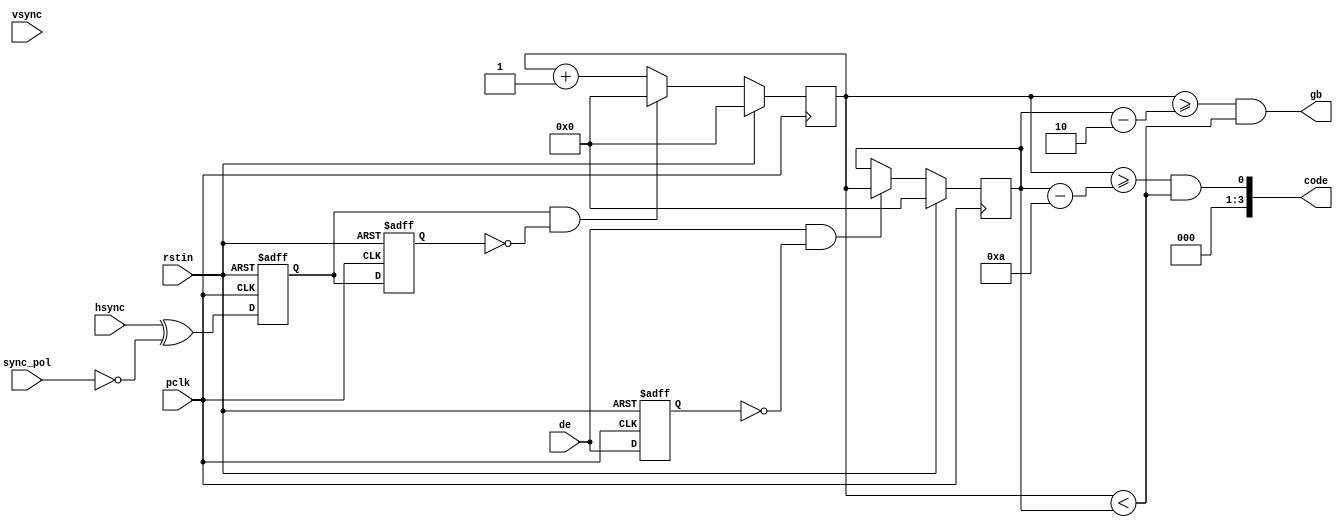
//////////////////////////////////////////////////////////////////////////////
// Copyright (c) 2011, Andrew "bunnie" Huang
// All rights reserved.
//
// Redistribution and use in source and binary forms, with or without modification, 
// are permitted provided that the following conditions are met:
//
//  * Redistributions of source code must retain the above copyright notice, 
//    this list of conditions and the following disclaimer.
//  * Redistributions in binary form must reproduce the above copyright notice, 
//    this list of conditions and the following disclaimer in the documentation and/or 
//    other materials provided with the distribution.
//
//    THIS SOFTWARE IS PROVIDED BY THE COPYRIGHT HOLDERS AND CONTRIBUTORS "AS IS" AND ANY 
//    EXPRESS OR IMPLIED WARRANTIES, INCLUDING, BUT NOT LIMITED TO, THE IMPLIED WARRANTIES 
//    OF MERCHANTABILITY AND FITNESS FOR A PARTICULAR PURPOSE ARE DISCLAIMED. IN NO EVENT 
//    SHALL THE COPYRIGHT HOLDER OR CONTRIBUTORS BE LIABLE FOR ANY DIRECT, INDIRECT, 
//    INCIDENTAL, SPECIAL, EXEMPLARY, OR CONSEQUENTIAL DAMAGES (INCLUDING, BUT NOT 
//    LIMITED TO, PROCUREMENT OF SUBSTITUTE GOODS OR SERVICES; LOSS OF USE, DATA, OR 
//    PROFITS; OR BUSINESS INTERRUPTION) HOWEVER CAUSED AND ON ANY THEORY OF LIABILITY, 
//    WHETHER IN CONTRACT, STRICT LIABILITY, OR TORT (INCLUDING NEGLIGENCE OR OTHERWISE) 
//    ARISING IN ANY WAY OUT OF THE USE OF THIS SOFTWARE, EVEN IF ADVISED OF THE 
//    POSSIBILITY OF SUCH DAMAGE.
//
//////////////////////////////////////////////////////////////////////////////
module gbgen (
	      input pclk,
	      input rstin,
	      input vsync,
	      input hsync,
	      input sync_pol,
	      input de,

	      output gb,
	      output [3:0] code
	      );
   
   reg [11:0] 		   hpixel;
   wire [11:0] 		   papos;
   reg [11:0] 		   depos;

   reg 				    hsync_v; // active when high
   reg 				    hsync_v2;
   reg 				    vsync_v;
   reg 				    vsync_v2;
   reg 				    de_d;
   
   wire 			    hsync_rising;
   wire 			    vsync_rising;

   wire 			    pa;
   
   always @(posedge pclk) begin
      if( rstin ) begin
	 hpixel <= 0;
	 depos <= 0;
      end else begin
	 if( hsync_rising ) begin
	    hpixel <= 0;
	 end else begin
	    hpixel <= hpixel + 12'b1;
	 end

	 if( de && !de_d ) begin // de is rising
	    depos <= hpixel;
	 end else begin
	    depos <= depos;
	 end
      end // else: !if( rstin )
   end // always @ (posedge pclk)

   assign papos = depos - 12'd10; // note: decimal 10, not binary 10
   //  0   1   2   3   4   5   6   7
   //  |   |   |   |   |   |   |   |
   //  ct  pa  gb  gb  v   v   v   v
   //
   //  depos = 4
   //  gbpos = 2

   assign gb = (hpixel >= (depos - 12'd2)) && (hpixel < depos);
   assign pa = (hpixel >= papos) && (hpixel < depos);

   assign code[3:1] = 3'b0; // these never change
   assign code[0] = pa;   // this is the only bit that changes on pre-amble
   
   always @(posedge pclk or posedge rstin) begin
      if( rstin ) begin
	 hsync_v <= 0;
	 vsync_v <= 0;

	 hsync_v2 <= 0;
	 vsync_v2 <= 0;
	 de_d <= 0;
      end else begin
	 hsync_v <= hsync ^ !sync_pol;
	 vsync_v <= vsync ^ !sync_pol;

	 de_d <= de;
	 hsync_v2 <= hsync_v; // just a delayed version
	 vsync_v2 <= vsync_v;
      end // else: !if( rstin )
   end // always @ (posedge pclk or posedge rstin)
   assign hsync_rising = hsync_v & !hsync_v2;
   assign vsync_rising = vsync_v & !vsync_v2;
   
endmodule // gbgen